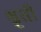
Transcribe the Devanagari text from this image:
श्रृती